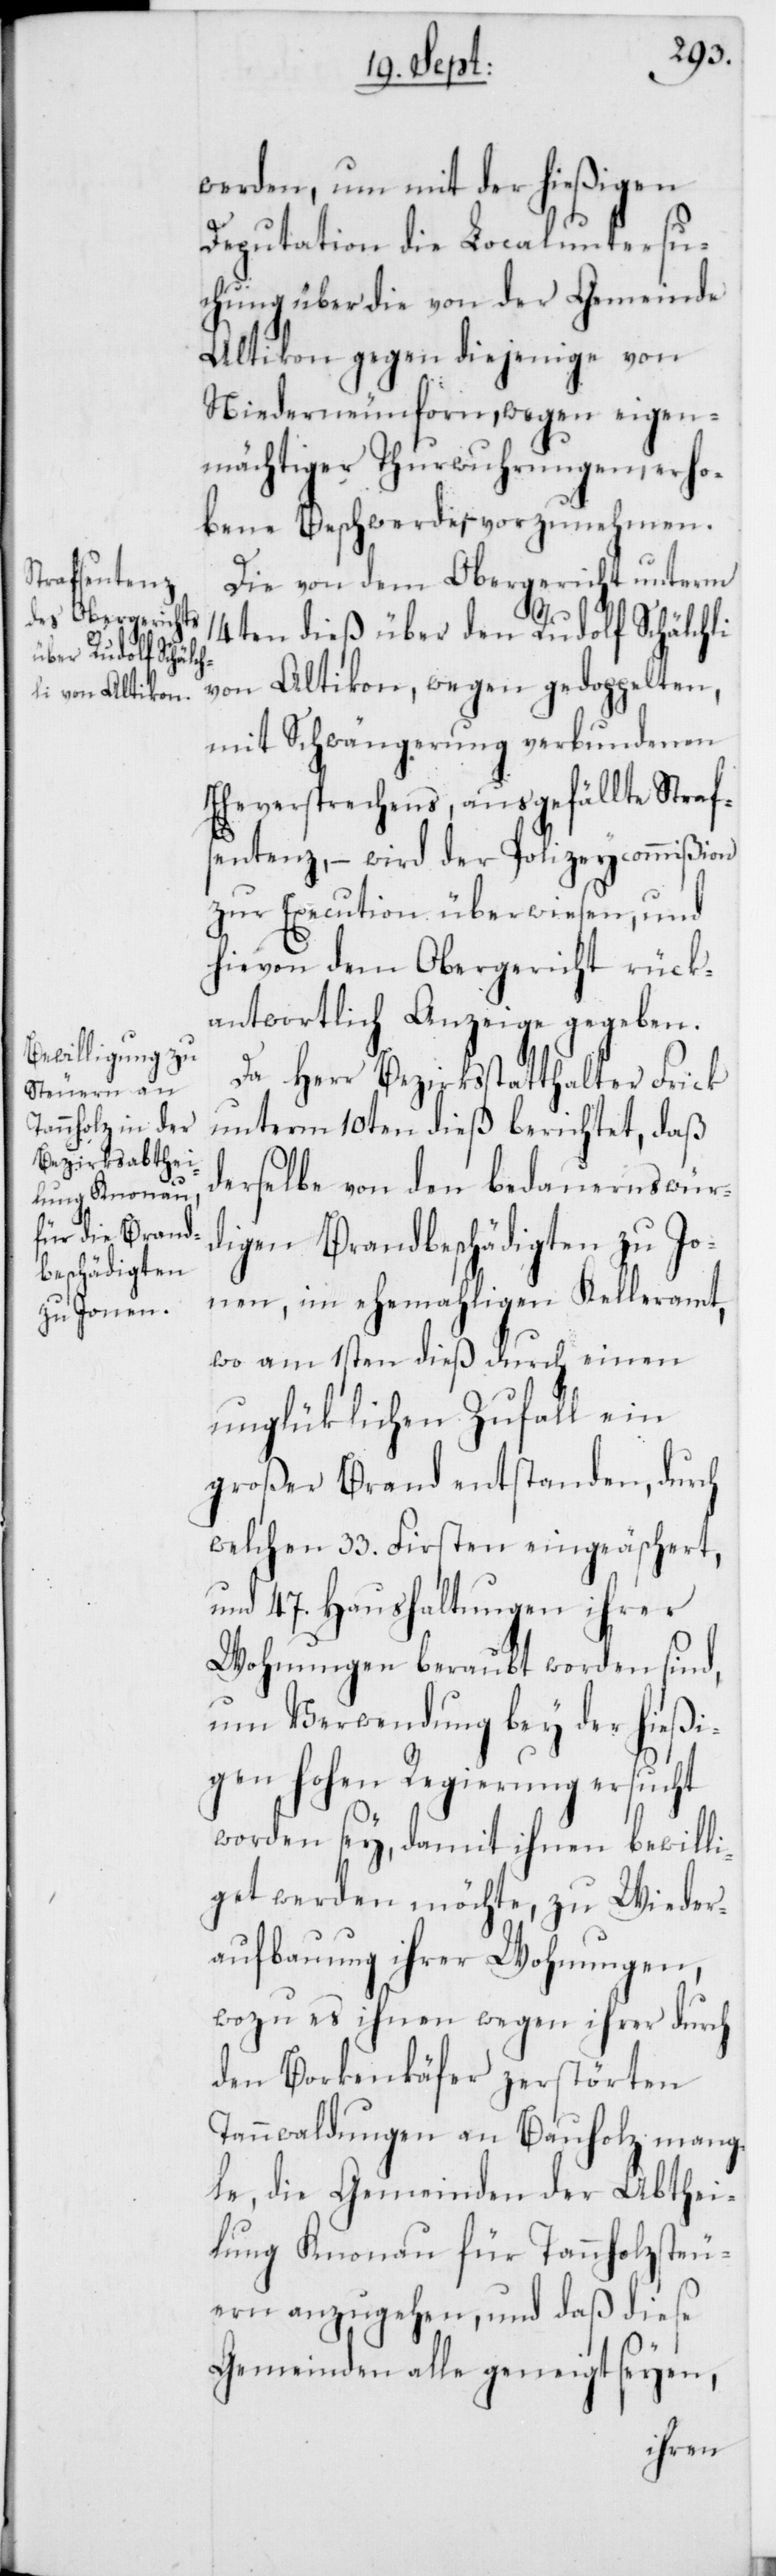
werden, um mit der hießigen
Deputation die Localuntersu¬
chung über die von der Gemeinde
Altikon gegen diejenige von
Niederneunforn, wegen eigen¬
mächtiger Thurwuhrungen, erho¬
bene Beschwerde vorzunehmen.
Die von dem Obergericht unterm
14ten dieß über den Rudolf Schälchli
von Altikon, wegen gedoppelten,
mit Schwängerung verbundenen
Eheversprechens, ausgefällte Straf¬
sentenz, – wird der Polizeycommißion
zur Execution überwiesen, und
hievon dem Obergericht rück¬
antwortlich Anzeige gegeben.
Da Herr Bezirksstatthalter Frick
unterm 10ten dieß berichtet, daß
derselbe von den bedauernswür¬
digen Brandbeschädigten zu Jo¬
nen, im ehemaligen Kelleramt,
wo am 1sten dieß durch einen
unglüklichen Zufall ein
großer Brand entstanden, durch
welchen 33. Firsten eingeäschert,
und 47. Haushaltungen ihrer
Wohnungen beraubt worden sind,
um Verwendung bey der hießi¬
gen hohen Regierung ersucht
worden sey, damit ihnen bewilli¬
get werden möchte, zu Wieder¬
aufbauung ihrer Wohnungen,
wozu es ihnen wegen ihrer durch
den Borkenkäfer zerstörten
Tannwaldungen an Bauholz mang¬
le, die Gemeinden der Abthei¬
lung Knonau für Tannholzsteu¬
ern anzugehen, und daß diese
Gemeinden alle geneigt seyen,